Vital statistics of India. Vol. VI, European troops 1870-79
Year: 1870
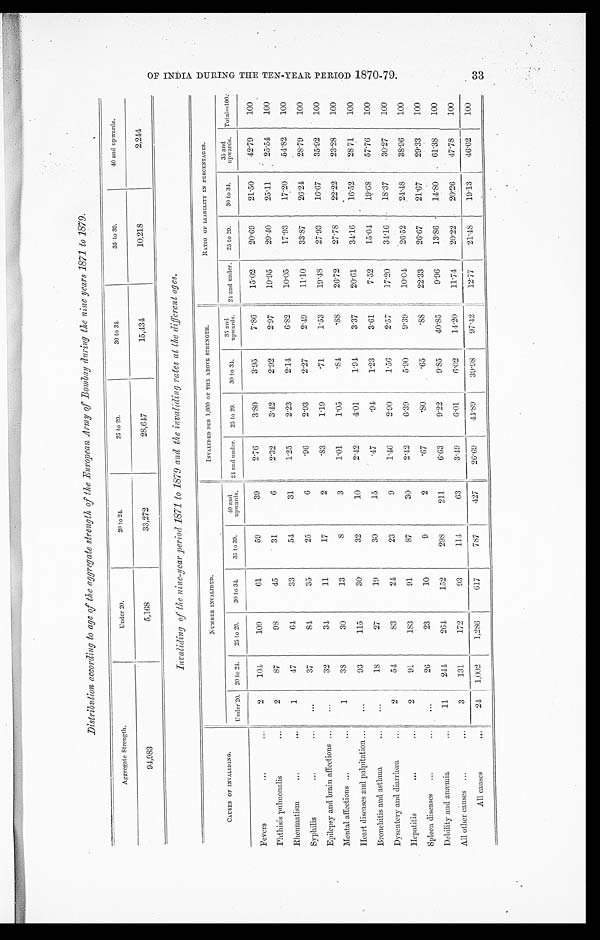
zDistribution according to age of the aggregate strength of the European Army of Bombay during the nine years 1871 to 1879.
Aggregate Strength.
Under 20.
20 to 24.
25 to 29.
3 0 t o 3 4 .
35 to 39.
40 and upwards.
94,983
5,168
33,272
28,647
15,434
10,218
2,244.
Invaliding of the nine-year period 1871 to 1879 and the invaliding rates at the different ages.
CAUSES OF INVALIDING.
NUMBER INVALIDED.
INVALIDED PER 1,000 OF THE ABOVE STRENGTH.
RATIO OF LIABILITY IN PERCENTAGES.
Under 20. 20 to 24. 25 to 29.
30 to 34
35 to 39.
40 and
upwards. 24 and under. 25 to 29.
30 to 34.
35 and
upwards.
2 4 a n d u n d e r .
25 to 29.
30 to 34
35 and
upwards.
Total=100.
Fevers
2 1 0 4
109
61
59
39
2.76
3.80
3.95
7.86
15.02
20.69
21.50
42.79
100
Phthisis pulmonalis
2
87
98
45
31
6
2.32
3.42
2.92
2.97
19.95
29.40
25.11
25.54
100
Rheumatism
1
47
6 4
33
5 4
31
1.25
2.23
2.14
6.82
10.05
17.93
17.20
54.82
100
Syphilis
37
8 4
35
25
6
.96
2.93
2.27
2.49
11.10
33.87
26.24
28.79
100
Epilepsy and brain affections
32
34
11
17
2
.83
1.19
.71
1.53
19.48
27.93
16.67
35.92
100
Mental affections
1
3 8
30
13
8
3
1.01
1.05
. 8 4
. 8 8
26.72
27.78
22.22
23.28
1 0 0
Heart diseases and palpitation
93
115
30
32
10
2.42
4.01
1.91
3.37
20.61
34.16
16.52
28 71
100
Bronchitis and asthma
18
27
19
30
15 .47
.94
1.23
3.61
7.52
15.04
19.68
57.76
100
Dysentery and diarrhœa
2
5 4
83
2 4
23
9 1.46
2.90
1.56
2.57
17.20
34.16
18.37
30.27
100
Hepatitis
2
91
183
91
87
30
2.42
6.39
5.90
9.39
10.04
2 6 . 5 2
24.48
38.96
100
Spleen diseases
26
23
10
9
2
.67
. 8 0
.65
. 8 8
22.33
26.67
21.67
29.33
100
Debility and anæmia
11
2 4 4
264
152
298
211
6.63
9.22
9.85
40.85
9.96
13.86
14.80
61.38
100
All other causes
3
131
172
93
114
63
3. 49
6.01
6.02
14.20
11.74
90.22
20.26
47.78
100
All causes
24
1,002
1,286
617
787
427
26.69
44.89
39.98
97.42
12.77
21.48
19.13
46.62
100
O F I N D I A D U R I N G T H E T E N - Y E A R P E R I O D 1 8 7 0 - 7 9 .
33